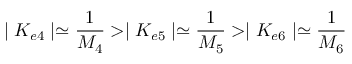
\mid K _ { e 4 } \mid \simeq \frac { 1 } { M _ { 4 } } > \mid K _ { e 5 } \mid \simeq \frac { 1 } { M _ { 5 } } > \mid K _ { e 6 } \mid \simeq \frac { 1 } { M _ { 6 } }